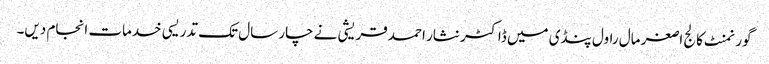
گورنمنٹ کالج اصغر مال راول پنڈی میں ڈاکٹر نثار احمد قریشی نے چار سال تک تدریسی خدمات انجام دیں۔